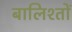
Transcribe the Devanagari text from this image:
बालिश्तों